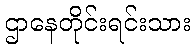
ဌာနေတိုင်းရင်းသား